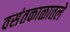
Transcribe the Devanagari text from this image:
वसंतकाळातले